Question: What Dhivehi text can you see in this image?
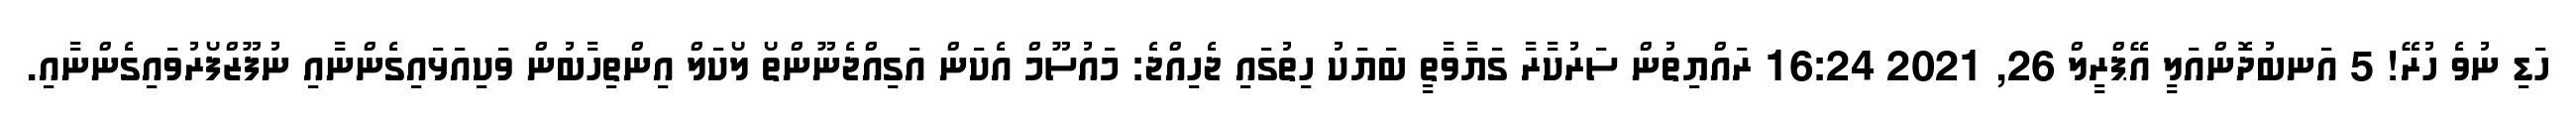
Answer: ހަޑި ނުވެ ހުރޭ! 5 އަނބުދޮންއަލީ އޭޕްރީލް 26, 2021 16:24 ރައްޔިތުން ސަރުކާރާ ގަޔާވާތީ ބަޔަކު ހިތުގައި ޖެހިއްޖެ: މައުސޫމް އެކަން އަގިއްޖެނޫންތޯ ލޯކަލް އިންތިހާބުން ވަކިއަޅައިގެންނާއި ނުފޫޒްފޯރުވައިގެންނާއި.